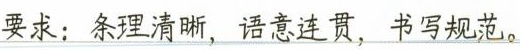
要求：条理清晰，语意连贯，书写规范。